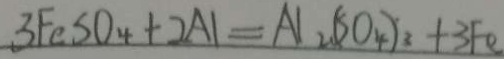
3 F e S O _ { 4 } + 2 A l = A l _ { 2 } ( S O _ { 4 } ) _ { 3 } + 3 F e